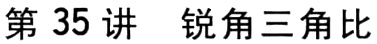
第 35 讲 锐角三角比